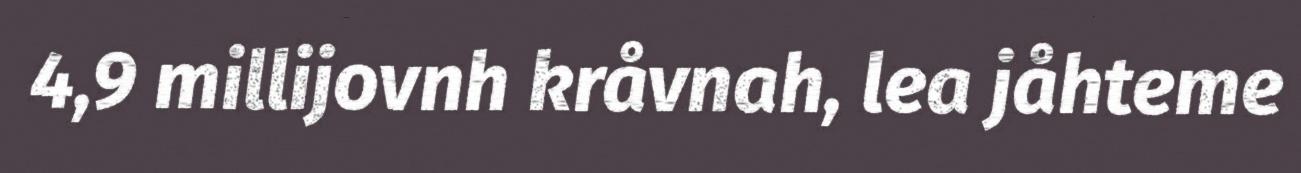
4,9 millijovnh kråvnah, lea jåhteme